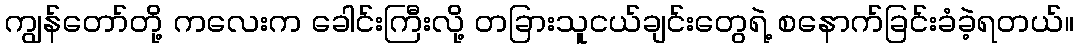
ကျွန်တော်တို့ ကလေးက ခေါင်းကြီးလို့ တခြားသူငယ်ချင်းတွေရဲ့ စနောက်ခြင်းခံခဲ့ရတယ်။